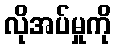
လိုအပ်မှုကို